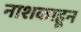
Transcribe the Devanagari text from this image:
नाशकाहून